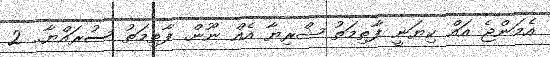
އެމަންޖެ އައް ކިޔަނީ ފާތިމަތު ޝްރިޔާ އެއް ނޫން. ފާތިމަތު ސުރައްޔާ.. 2